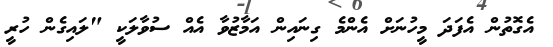
އެގޮތުން އެފަދަ މީހުނަށް އެންމެ ގިނައިން އަމާޒުވާ އެއް ސުވާލަކީ "ލައިގެން ހުރީ